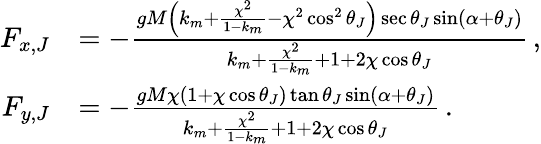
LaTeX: \begin{array}{rl}{F_{x,J}}&{=-\frac{gM\left(k_{m}+\frac{\chi^{2}}{1-k_{m}}-\chi^{2}\cos^{2}\theta_{J}\right)\sec\theta_{J}\sin(\alpha+\theta_{J})}{k_{m}+\frac{\chi^{2}}{1-k_{m}}+1+2\chi\cos\theta_{J}}\, ,}\\ {F_{y,J}}&{=-\frac{gM\chi(1+\chi\cos\theta_{J})\tan\theta_{J}\sin(\alpha+\theta_{J})}{k_{m}+\frac{\chi^{2}}{1-k_{m}}+1+2\chi\cos\theta_{J}}\, .}\end{array}